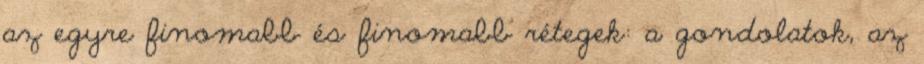
az egyre finomabb és finomabb rétegek: a gondolatok, az